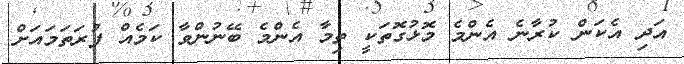
އަދި އެކަން ކުރާނެ އެންމެ މޮޅުގޮތަކީ ތިމާ އެންމެ ބޭނުންވާ ކަމެއް ފުރަތަމައަށް